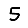
Digit: 5